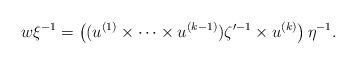
LaTeX: \begin{align*} w \xi^{-1}=\left((u^{(1)}\times\cdots\times u^{(k-1)}) \zeta'^{-1}\times u^{(k)}\right) \eta^{-1}.\end{align*}